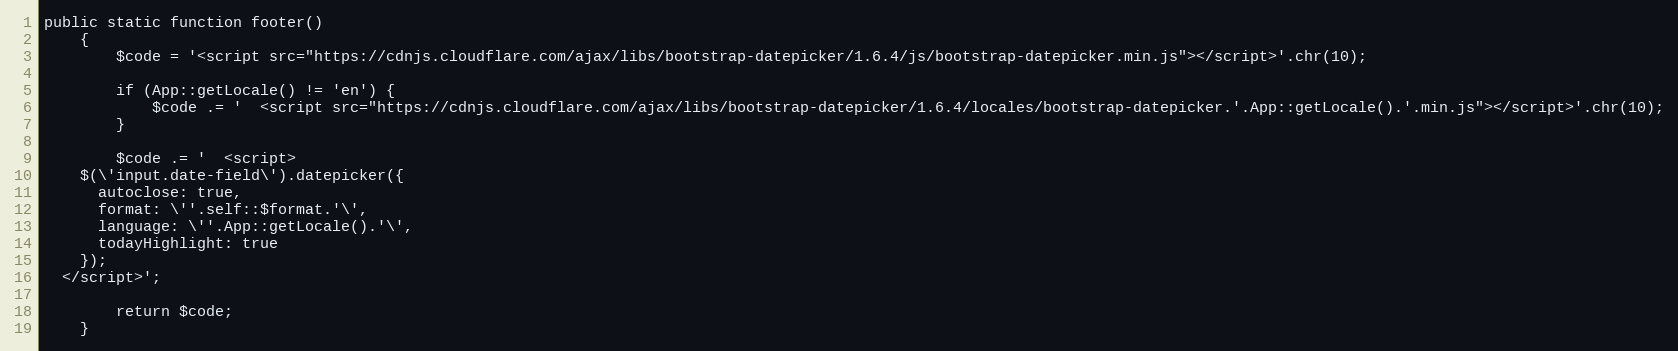
Language: PHP
public static function footer()
    {
        $code = '<script src="https://cdnjs.cloudflare.com/ajax/libs/bootstrap-datepicker/1.6.4/js/bootstrap-datepicker.min.js"></script>'.chr(10);

        if (App::getLocale() != 'en') {
            $code .= '  <script src="https://cdnjs.cloudflare.com/ajax/libs/bootstrap-datepicker/1.6.4/locales/bootstrap-datepicker.'.App::getLocale().'.min.js"></script>'.chr(10);
        }

        $code .= '  <script>
    $(\'input.date-field\').datepicker({
      autoclose: true,
      format: \''.self::$format.'\',
      language: \''.App::getLocale().'\',
      todayHighlight: true
    });
  </script>';

        return $code;
    }